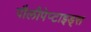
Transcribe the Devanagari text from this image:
पौलीपेप्टाइड्स